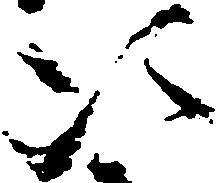
次